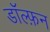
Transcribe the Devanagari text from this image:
डॉल्फ़न